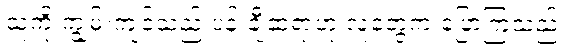
သူ့ကို ကျွမ်းကျင်သည့် ပန်းချီဆရာဟု လူတွေက ပြောကြသည်။